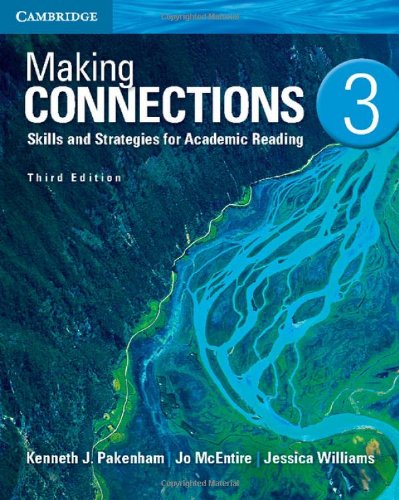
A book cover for Making Connections Level 3 Student's Book: Skills and Strategies for Academic Reading; Kenneth J. Pakenham; Reference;